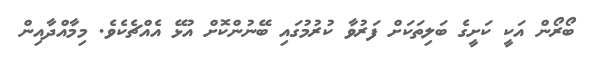
ބޯރޯން އަކީ ކަށީގެ ބަލިތަކަށް ފަރުވާ ކުރުމުގައި ބޭނުންކޮށް އުޅޭ އެއްޗެކެވެ. މިމާއްދާއިން